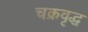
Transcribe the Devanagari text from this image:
चक्रवृद्ध